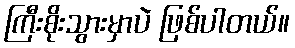
ကြီးစိုးသွားမှာပဲ ဖြစ်ပါတယ်။